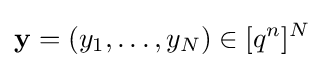
\mathbf {y} =(y_{1},\dots ,y_{N})\in [q^{n}]^{N}